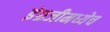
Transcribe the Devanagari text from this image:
इंग्रजीमध्येच